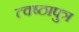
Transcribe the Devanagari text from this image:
त्वष्ठापुत्र